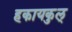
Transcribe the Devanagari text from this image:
हकायकुल्